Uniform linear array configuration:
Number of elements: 64
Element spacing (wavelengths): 1
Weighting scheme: binomial
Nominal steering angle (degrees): -15
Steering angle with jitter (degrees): -15.284
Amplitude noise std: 0.05
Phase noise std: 0.05

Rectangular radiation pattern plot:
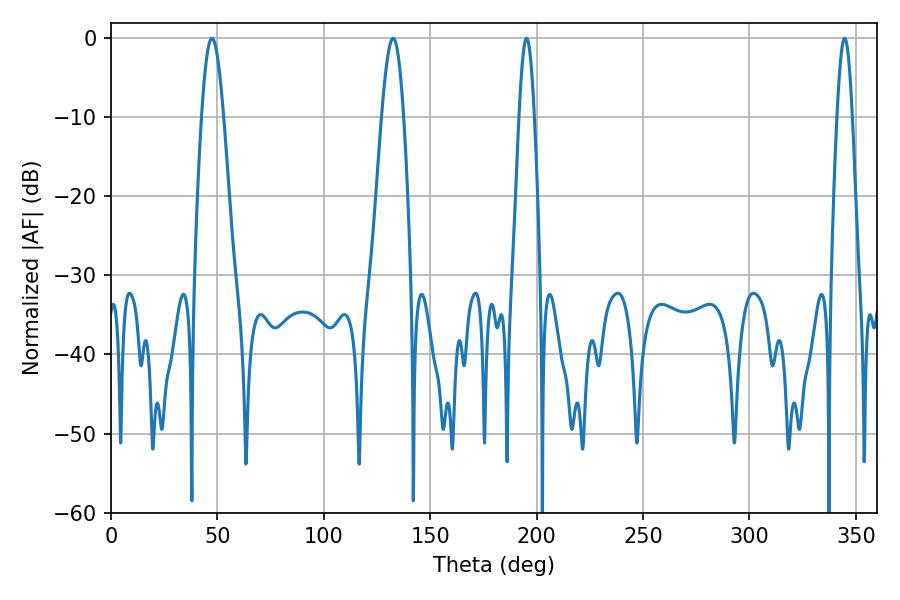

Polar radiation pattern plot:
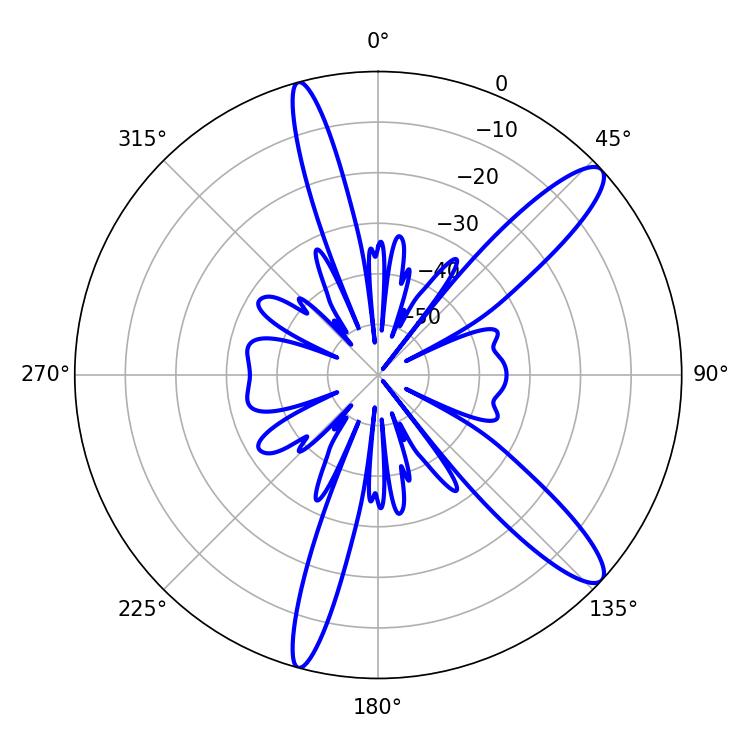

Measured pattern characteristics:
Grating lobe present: TRUE
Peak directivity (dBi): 12.303
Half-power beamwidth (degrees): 3.78
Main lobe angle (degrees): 344.7